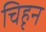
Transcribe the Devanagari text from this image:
चिहृन